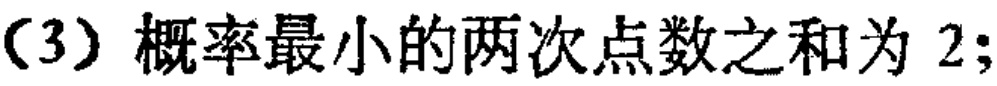
（3）概率最小的两次点数之和为 2;